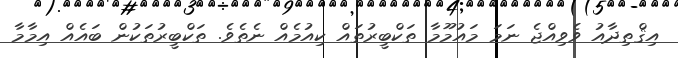
އިޤްތިދާއު ވެވިއްޖެ ނަމަ މައުމޫމާ ތަކްބީރުތައް ކިއުމެއް ނެތެވެ. ތަކްބީރުތަކުން ބައެއް އިމާމާ